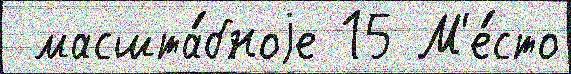
 масшта́бноjе 15 М'е́сто